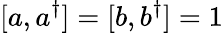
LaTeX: [a,a^{\dagger}]=[b,b^{\dagger}]=1